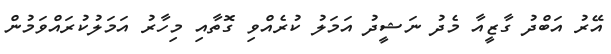
އޭރު އަބްދު ގާޒީއާ މެދު ނަޝީދު އަމަލު ކުރެއްވި ގޮތާއި މިހާރު އަމަލުކުރައްވަމުން